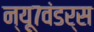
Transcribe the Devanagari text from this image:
न्यू७वंडर्स